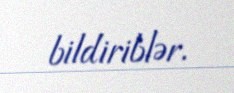
bildiriblər.